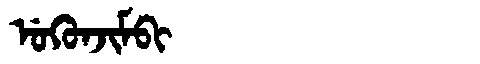
Manchu: ᡠᡴᡠᠨᠵᡳᠮᠪᡳ
Romanization: UKUNJIMBI